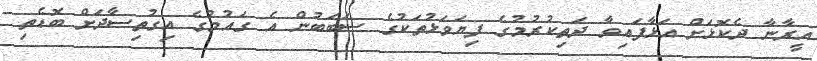
އީރާނާ ދެކޮޅަށް އަޅާފައިވާ ދަތިކުރުމުގެ ފިޔަވަޅުތަކުގެ ސަބަބުން އެ ގައުމުގެ އިގުތިސާދަށް ބޮޑެތި